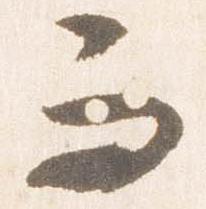
而